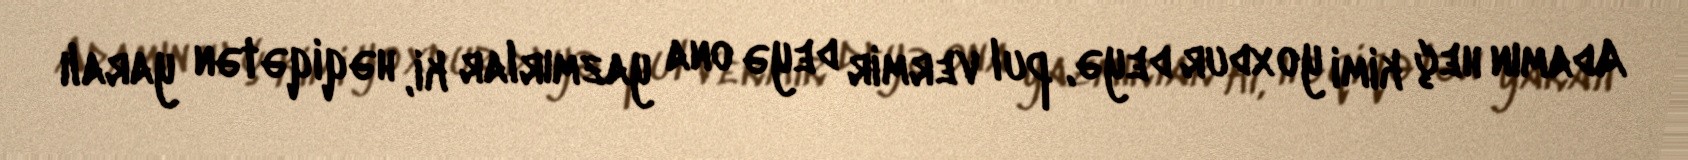
Adamın heç kimi yoxdur deyə, pul vermir deyə ona yazmırlar ki, həqiqətən yaralı